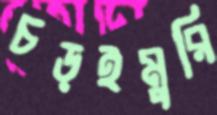
চড়ইমুরি